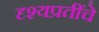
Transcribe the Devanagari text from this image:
दृश्यप्रतींचे